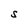
Character: S